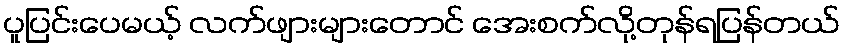
ပူပြင်းပေမယ့် လက်ဖျားများတောင် အေးစက်လို့တုန်ရပြန်တယ်